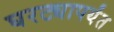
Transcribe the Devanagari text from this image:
घरट्यापर्यंत